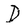
Character: D